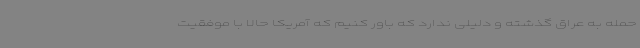
حمله به عراق گذشته و دلیلی ندارد که باور کنیم که آمریکا حالا با موفقیت